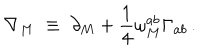
\nabla _ { M } \; \equiv \; \partial _ { M } + \frac { 1 } { 4 } \omega _ { M } ^ { a b } \Gamma _ { a b } \, .